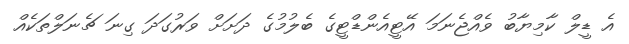
އެ ޑީލް ކާމިޔާބު ވެއްޖެނަމަ އޭޓީއެންޑްޓީގެ ބެލުމުގެ ދަށަށް ވަރުގަދަ ގިނަ ޗެނަލްތަކެއް